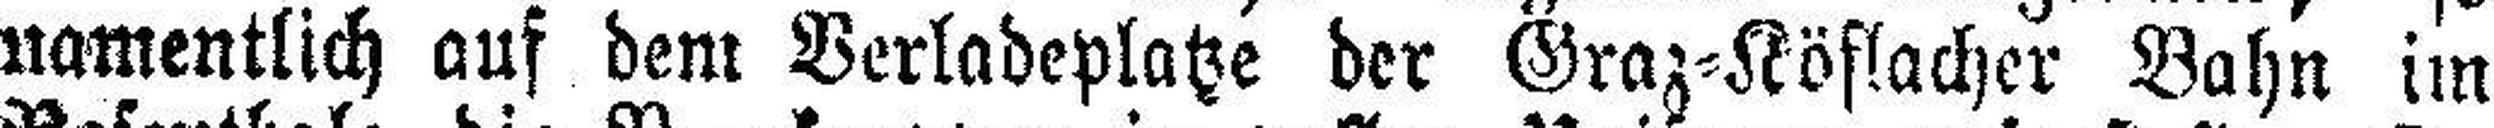
namentlich auf dem Verladeplatze der Graz=Köflacher Bahn im